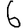
Digit: 6